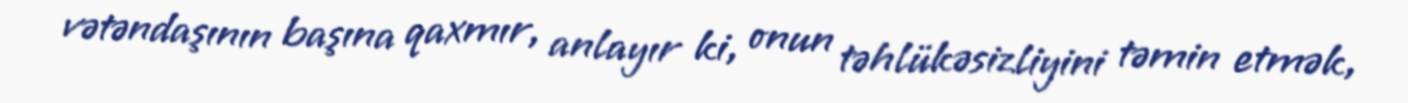
vətəndaşının başına qaxmır, anlayır ki, onun təhlükəsizliyini təmin etmək,